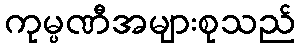
ကုမ္ပဏီအများစုသည်